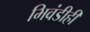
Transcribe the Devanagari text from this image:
भिवंडीही